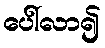
ပေါ်လာ၍